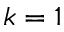
k = 1